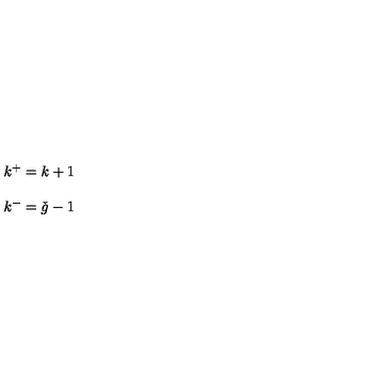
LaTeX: \begin{array} { l } { k ^ { + } = k + 1 } \\ { \ } \\ { k ^ { - } = \check { g } - 1 } \\ \end{array}